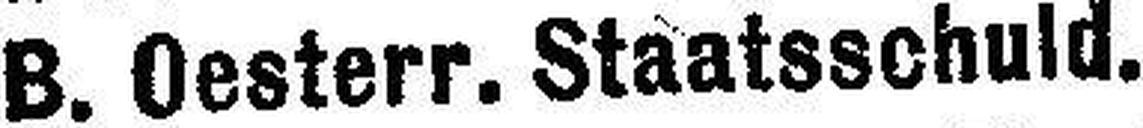
B. Oesterr. Staatsschuld.